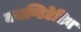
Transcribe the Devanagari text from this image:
क्वाण्टिटेटिव